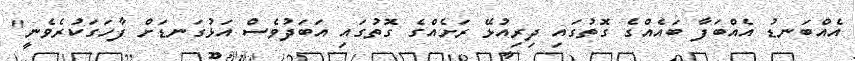
އެއްބަނޑު އެއްބަފާ ބައެއްގެ ގޮތުގައި ދިރިއުޅޭ ރަށެއްގެ ގޮތުގައި އަބަދުވެސް އަޅުގަނޑަށް ފާހަގަކުރެވެނީ"